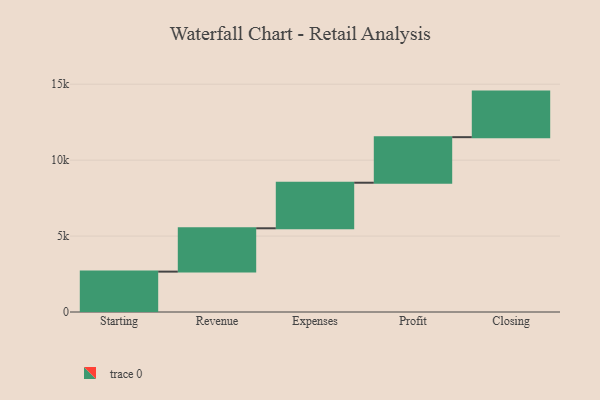
{"axis": {"x": "Step", "y": "Value"}, "legend": [""], "data": [{"x": "Starting", "y": 2659.0, "type": ""}, {"x": "Revenue", "y": 2854.0, "type": ""}, {"x": "Expenses", "y": 3000, "type": ""}, {"x": "Profit", "y": 3000, "type": ""}, {"x": "Closing", "y": 3000, "type": ""}]}